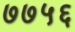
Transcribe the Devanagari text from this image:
७७५६